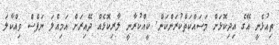
ތިއުޅެނީ އޭގެ އިދިކޮޅަށް މަސައްކަތްކުރަންކަން. ކީއްކުރާނީ ލާރިކޮޅެއް ދޭއިރަށް އަމިއްލަ ނަފްސް ވިއްކާލަ